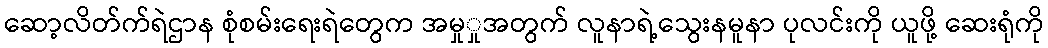
ဆော့လိတ်က်ရဲဌာန စုံစမ်းရေးရဲတွေက အမှုှုအတွက် လူနာရဲ့သွေးနမူနာ ပုလင်းကို ယူဖို့ ဆေးရုံကို